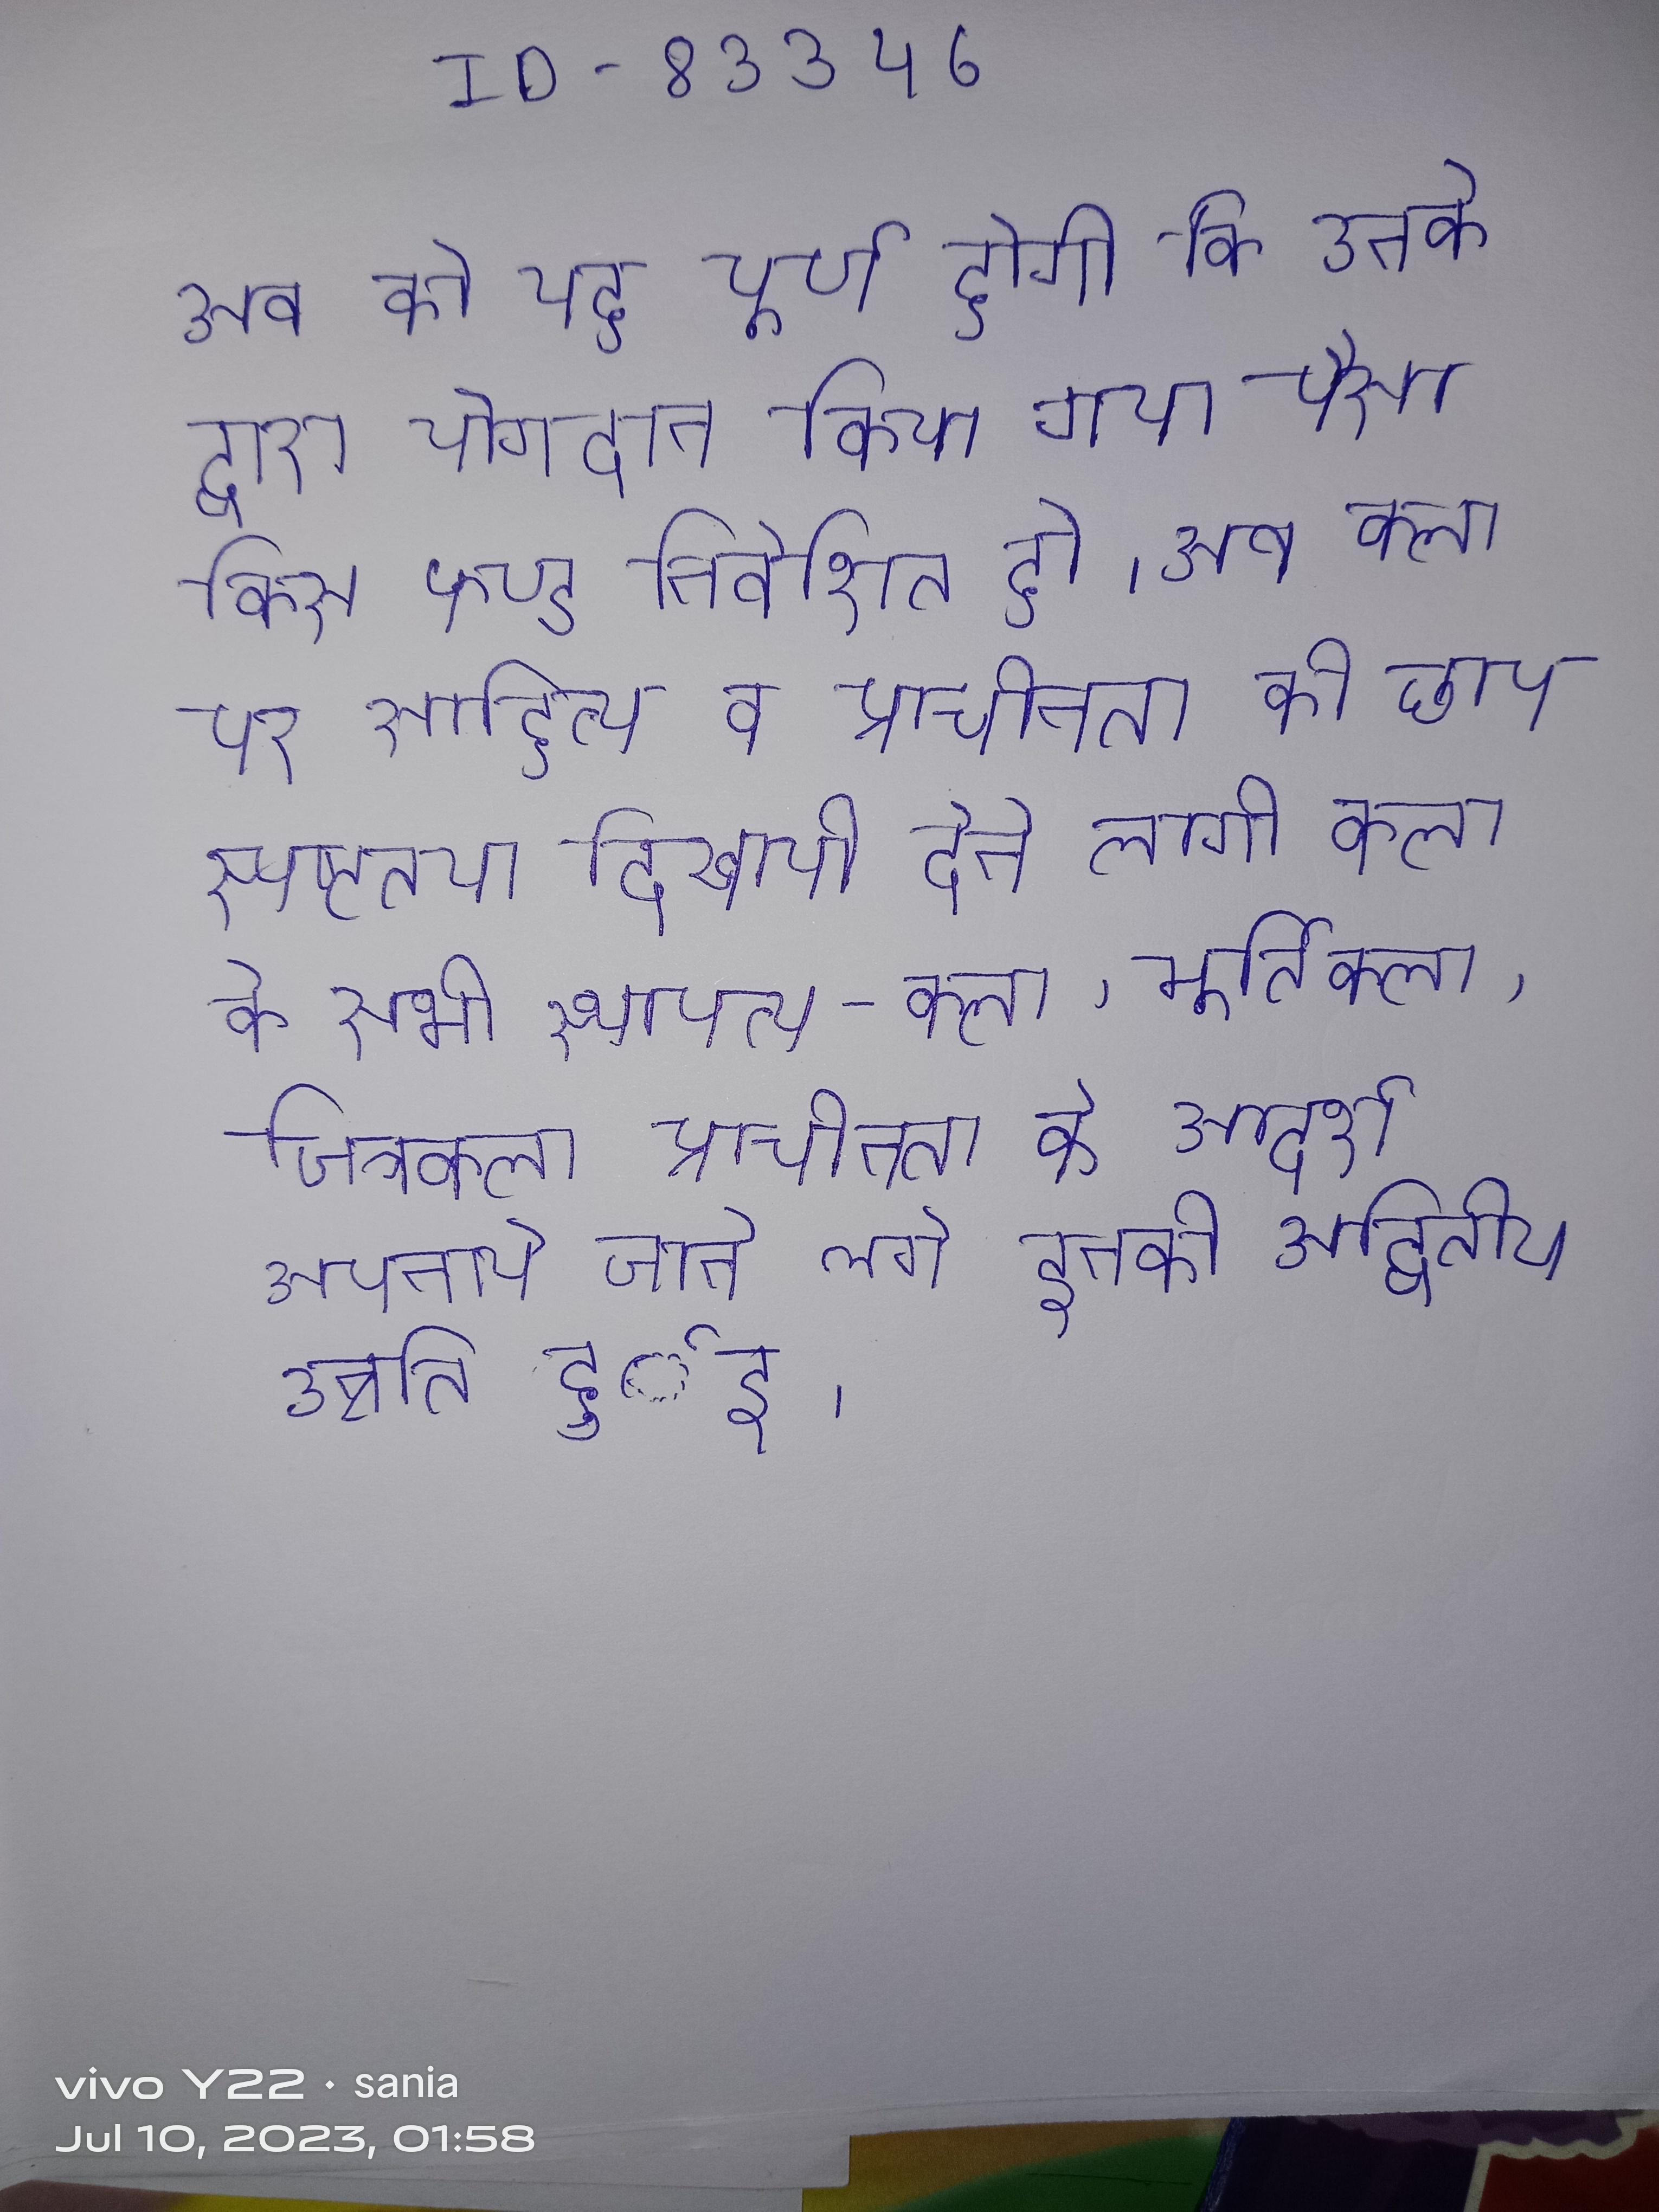
अब को यह पूर्ण होगी कि उनके द्वारा योगदान किया गया पैसा किस फण्ड निवेशित हो । अब कला पर साहित्य व प्राचीनता की छाप स्पष्टतया दिखायी देने लगी कला के सभी स्थापत्य-कला, मूर्तिकला, चित्रकला प्राचीनता के आदर्श अपनाये जाने लगे इनकी अद्वितीय उन्नति हुर्इ ।